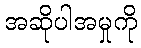
အဆိုပါအမှုကို